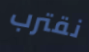
نقترب